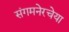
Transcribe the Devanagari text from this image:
संगमनेरचेया